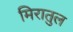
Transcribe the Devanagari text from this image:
मिरातुल